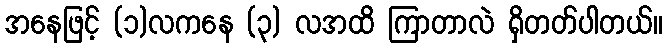
အနေဖြင့် (၁)လကနေ (၃) လအထိ ကြာတာလဲ ရှိတတ်ပါတယ်။